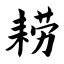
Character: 耢